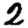
Digit: 2